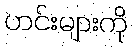
ဟင်းများကို